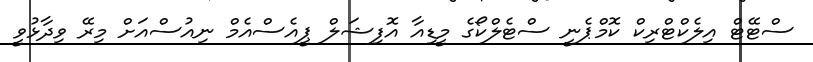
ސްޓޭޓް އިލެކްޓްރިކް ކޮމްޕެނީ ސްޓެލްކޯގެ މީޑިއާ އޮފިޝަލް ޕީއެސްއެމް ނިއުސްއަށް މިރޭ ވިދާޅުވީ